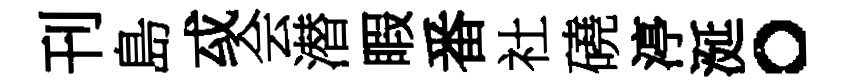
刊島㦯会潜睱番社磽渟涎。